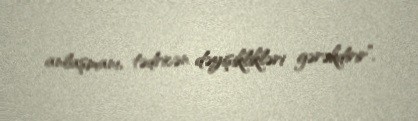
anlaşmanı, tədricən dəyişiklikləri gərəkdirir”.